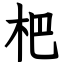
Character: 杷